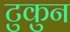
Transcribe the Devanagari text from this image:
टुकुन